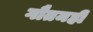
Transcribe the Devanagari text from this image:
गौतमही